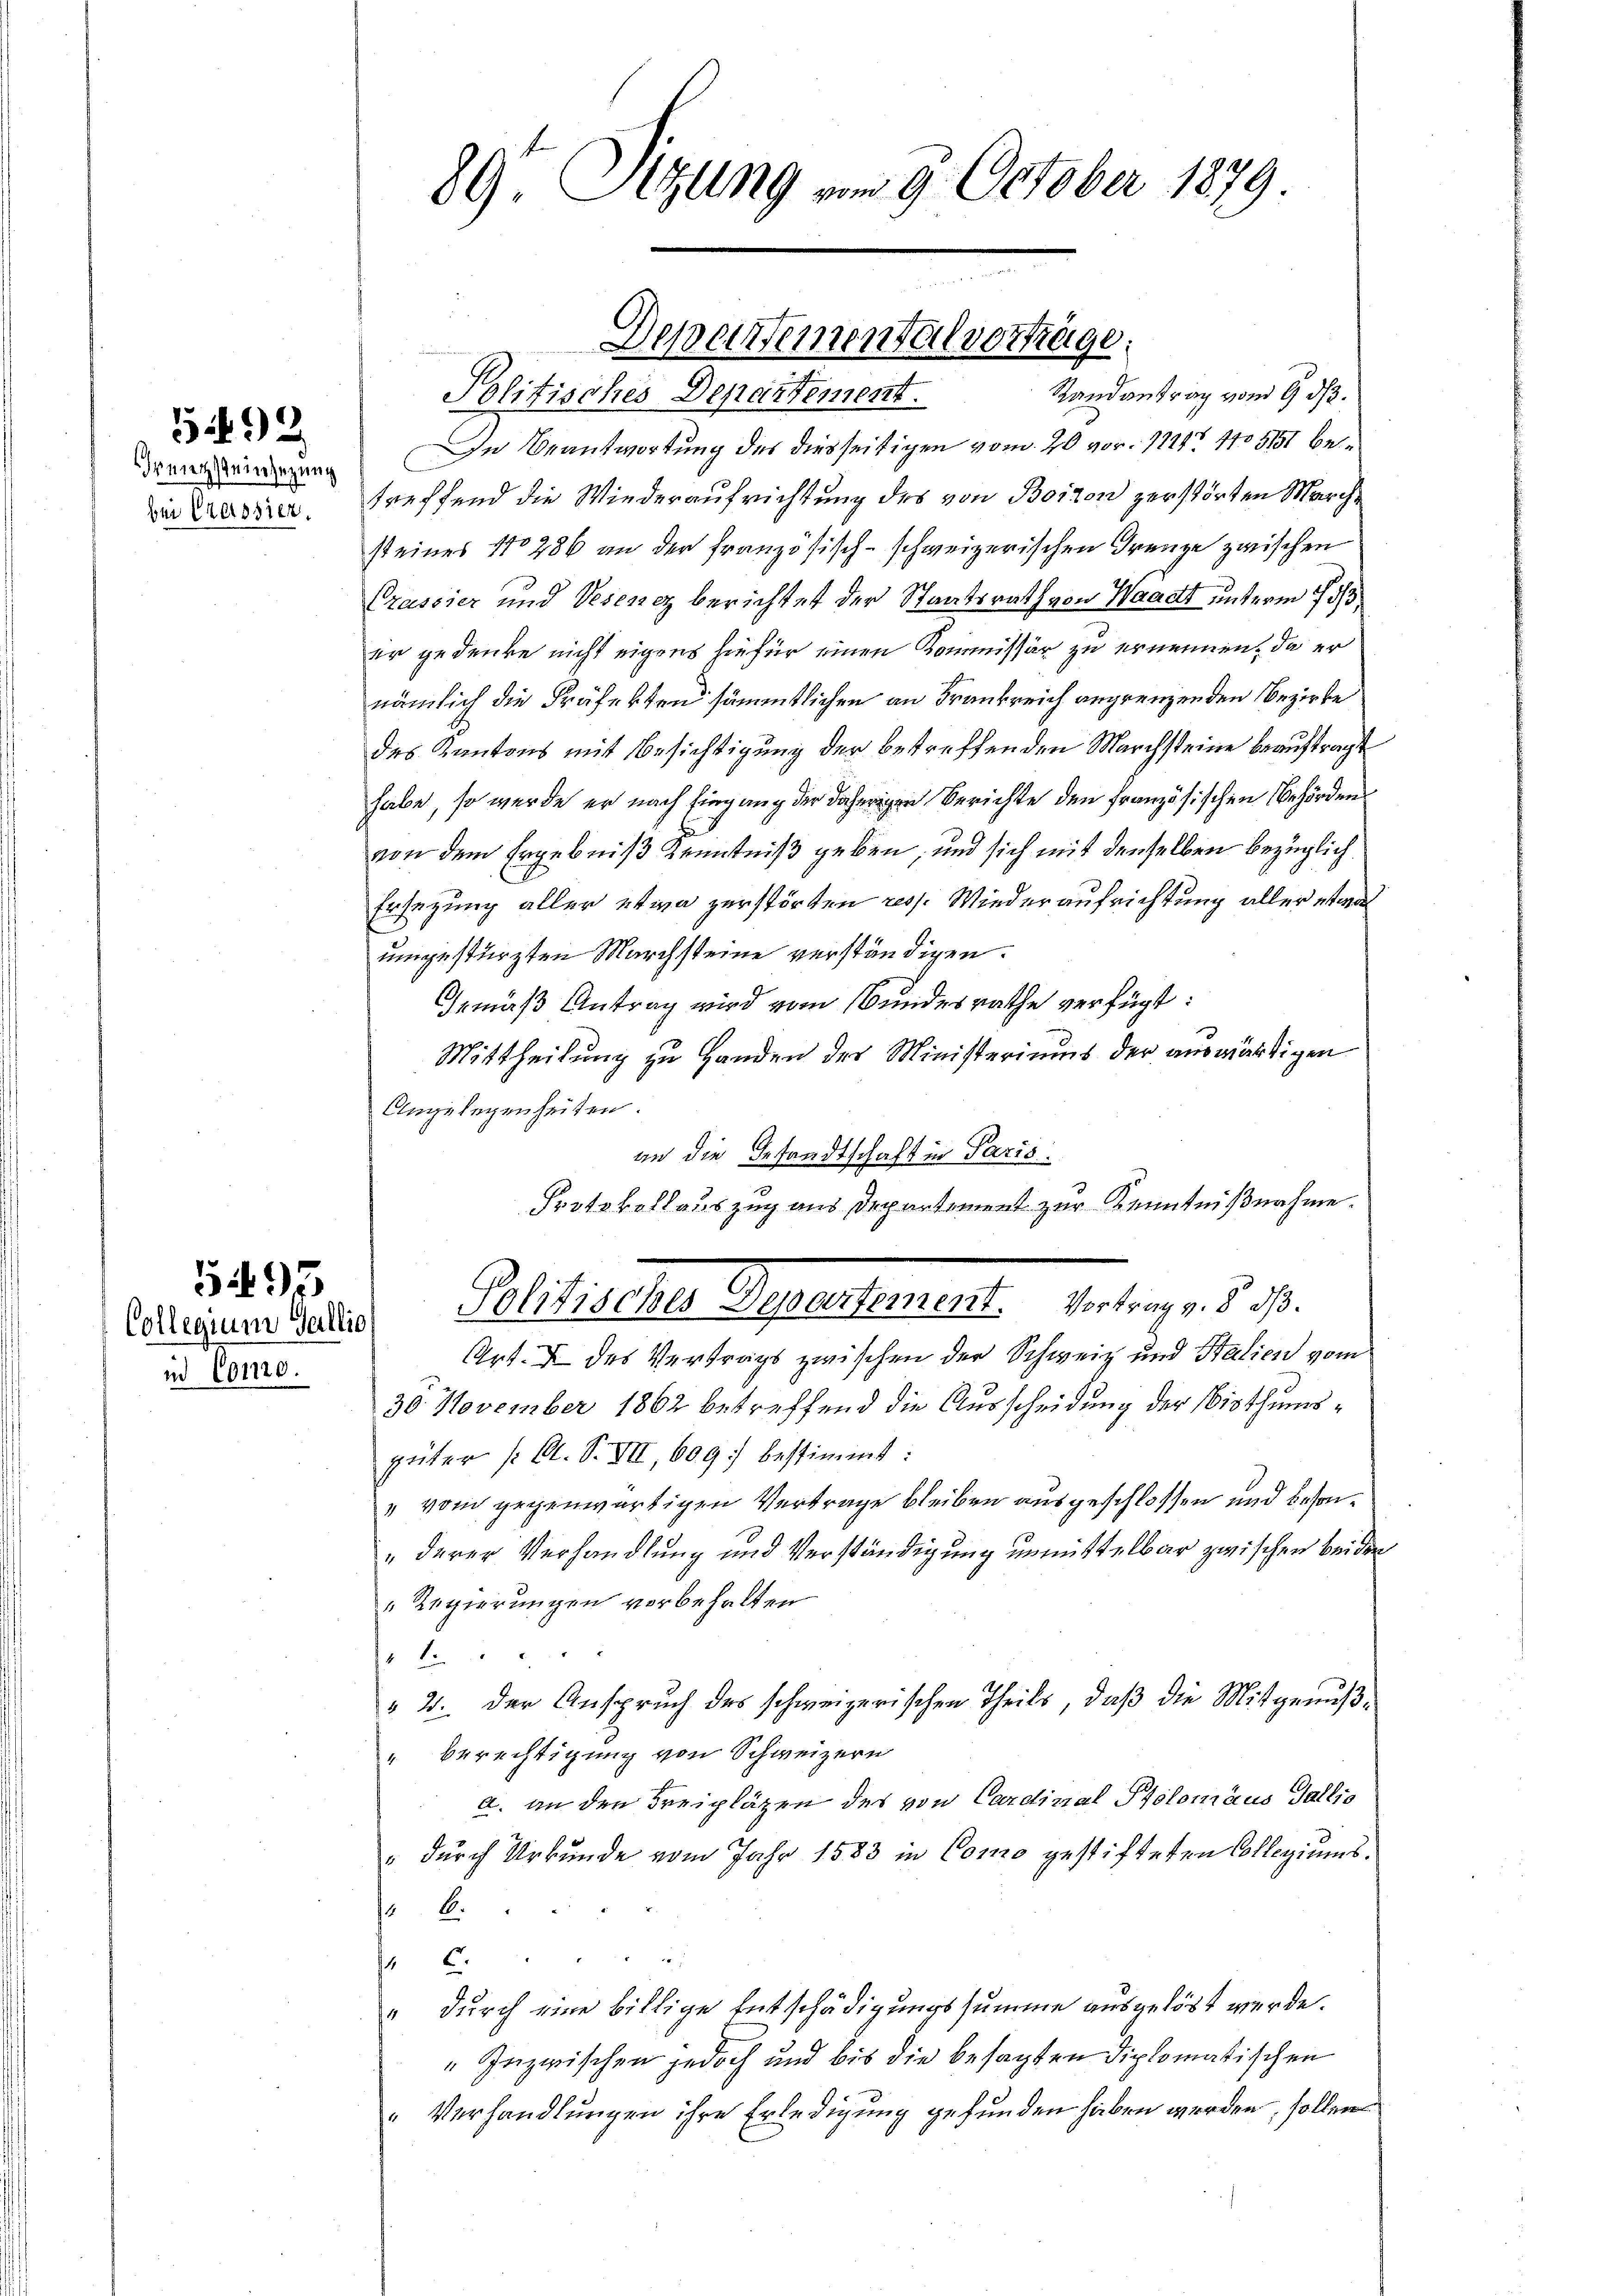
rmetsteinsezung
bei Cessier.

5192

id 601120.

89. Sitzung vom 9. October 1879

Randantrag von 9. ds.
Politisches Departement.
In Beantwortung des diesseitigen vom 20 vor. 1111. 105151 bei
treffend die Wiederaufrichtung des von Boiton zerstörten Marchst eines No 286 an der französisch-schweizerischen Grenze zwischen
Prassier und Vesenez berichtet der Staatsrath von Waadt unterm 18/3
er gedenke nicht eigens hiefür einen Kommissär zu ernennen, da er
nämlich die Präfekten sämmtlichen an Frankreich angrenzenden Bezirke
des Kantons mit Besichtigung der betreffenden Marchsteine beauftragt
habe, so werde er nach Eingang der daherigen Berichte den französischen Behörden
von dem Ergebniß Kenntniß geben, und sich mit denselben bezüglich
Ersezung aller etwa zerstörten resp. Wiederaufrichtung aller etwas
umgestürzten Marchsteine verständigen.
Gemäß Antrag wird vom Bundesrathe verfügt:
Mittheilung zu Handen des Ministeriums der auswärtigen
Angelegenheiten.
an die Gesandtschaft in Paris.
Art. I des Vertrags zwischen der Schweiz und Stalien vom
30. November 1862 betreffend die Ausscheidung der bisthumsgüter /: A. S. VII, 609. bestimmt:
" vom gegenwärtigen Vertrage bleiben ausgeschlossen und beson¬
„derer Verhandlung und Verständigung unmittelbar zwischen beiden
Regierungen vorbehalten
2
 2. der Anspruch des schweizerischen Theils, daß die Mitgenuß¬
"Berechtigung von Schweizern
a. an den Freipläzen des von Cardinal Ptolomaus Gallio
" durch Urkunde vom Jahr 1583 in Como gestifteten Collegiums.

 C.
" durch eine billige Entschädigungssumme ausgelöst werde.
" Inzwischen jedoch und bis die besagten diplomatischen
Verhandlungen ihre Erledigung gefunden haben werden, sollen

Departemental vorträge.

Protokollauszug aus Departement zur Kenntnißnahme.
Pruntermierter Politischer Separtement. Vertrag v. d. J.